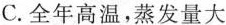
C.全年高温，蒸发量大